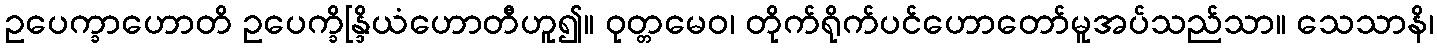
ဥပေက္ခာဟောတိ ဥပေက္ခိန္ဒြိယံဟောတီဟူ၍။ ဝုတ္တမေဝ၊ တိုက်ရိုက်ပင်ဟောတော်မူအပ်သည်သာ။ သေသာနိ၊